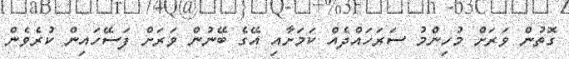
ގޮތުން ވަރަށް މުހިންމު ސަރަހައްދެއް ކަމަށާއި އޭގެ ބޭނުން ވަރަށް ފަސޭހައިން ކުރެވެން